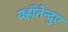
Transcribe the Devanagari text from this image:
यहाँतेन्दुए